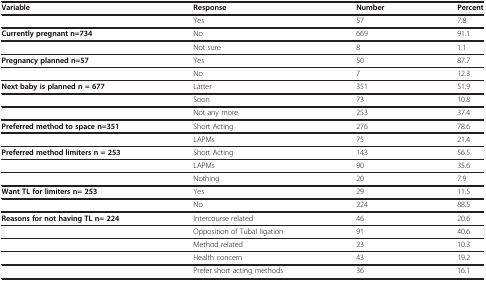
<table><thead><tr><td><b>Variable</b></td><td><b>Response</b></td><td><b>Number</b></td><td><b>Percent</b></td></tr></thead><tbody><tr><td> </td><td>Yes</td><td>57</td><td>7.8</td></tr><tr><td><b>Currently pregnant n=734</b></td><td>No</td><td>669</td><td>91.1</td></tr><tr><td> </td><td>Not sure</td><td>8</td><td>1.1</td></tr><tr><td><b>Pregnancy planned n=57</b></td><td>Yes</td><td>50</td><td>87.7</td></tr><tr><td> </td><td>No</td><td>7</td><td>12.3</td></tr><tr><td><b>Next baby is planned n = 677</b></td><td>Latter</td><td>351</td><td>51.9</td></tr><tr><td> </td><td>Soon</td><td>73</td><td>10.8</td></tr><tr><td> </td><td>Not any more</td><td>253</td><td>37.4</td></tr><tr><td><b>Preferred method to space n=351</b></td><td>Short Acting</td><td>276</td><td>78.6</td></tr><tr><td> </td><td>LAPMs</td><td>75</td><td>21.4</td></tr><tr><td><b>Preferred method limiters n = 253</b></td><td>Short Acting</td><td>143</td><td>56.5</td></tr><tr><td> </td><td>LAPMs</td><td>90</td><td>35.6</td></tr><tr><td> </td><td>Nothing</td><td>20</td><td>7.9</td></tr><tr><td><b>Want TL for limiters n= 253</b></td><td>Yes</td><td>29</td><td>11.5</td></tr><tr><td> </td><td>No</td><td>224</td><td>88.5</td></tr><tr><td><b>Reasons for not having TL n= 224</b></td><td>Intercourse related</td><td>46</td><td>20.6</td></tr><tr><td> </td><td>Opposition of Tubal ligation</td><td>91</td><td>40.6</td></tr><tr><td> </td><td>Method related</td><td>23</td><td>10.3</td></tr><tr><td> </td><td>Health concern</td><td>43</td><td>19.2</td></tr><tr><td> </td><td>Prefer short acting methods</td><td>36</td><td>16.1</td></tr></tbody></table>